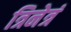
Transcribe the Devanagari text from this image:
त्रिनेत्रं